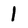
Character: 1